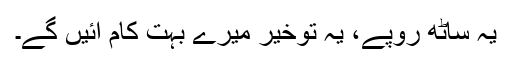
یہ ساٹھ روپے، یہ توخیر میرے بہت کام آئیں گے۔